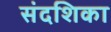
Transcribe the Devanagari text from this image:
संदशिका